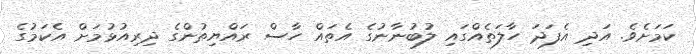
ކަމަށެވެ. އަދި އެފަދަ ހާލަތެއްގައި ލުބުނާނުގެ އެތައް ހާސް ރައްޔިތުންގެ ދިރިއުޅުމަށް އެކަމުގެ